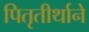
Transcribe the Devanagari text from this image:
पितृतीर्थाने